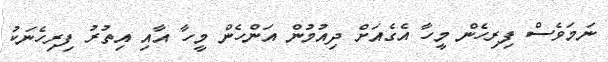
ނަމަވެސް ފިރިހެން މީހާ އެގެއަށް ދިއުމުން އަންހެން މީހާ އާއި އިތުރު ފިރިހެނަކު